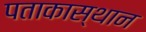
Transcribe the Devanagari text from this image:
पताकास्थान